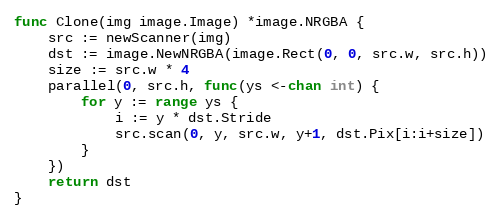
Language: Go
func Clone(img image.Image) *image.NRGBA {
	src := newScanner(img)
	dst := image.NewNRGBA(image.Rect(0, 0, src.w, src.h))
	size := src.w * 4
	parallel(0, src.h, func(ys <-chan int) {
		for y := range ys {
			i := y * dst.Stride
			src.scan(0, y, src.w, y+1, dst.Pix[i:i+size])
		}
	})
	return dst
}